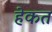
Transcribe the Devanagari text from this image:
हेकत